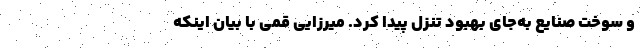
و سوخت صنایع به‌جای بهبود تنزل پیدا کرد. میرزایی قمی با بیان اینکه